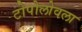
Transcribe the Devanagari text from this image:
टोपोलोवला